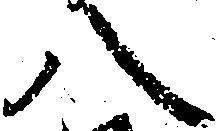
八